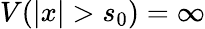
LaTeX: V(|x|>s_{0})=\infty